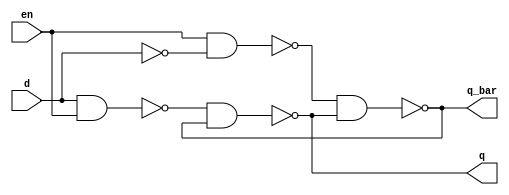
//d latch using nand gates

module d_latch_nand(d,en,q,q_bar);

	input en;
	input d;
	output wire q,q_bar;
	wire w1,w2;

	nand n0(w1,d,en);
	nand n1(w2,en,~d);
	nand n2(q,w1,q_bar);
	nand n3(q_bar,w2,q);

endmodule

//test bench
module d_latch_nand_tb();

	reg en,d;
	wire q,q_bar;

	d_latch_nand tb(d,en,q,q_bar);

	initial
	begin
		en = 0; d = 0;
		#10 en = 1; d = 0;
		#10 en = 1; d = 1;
		#10 en = 1; d = 0;
		#10 en = 0;
		#10 en = 1; d = 1;
	
	end
endmodule